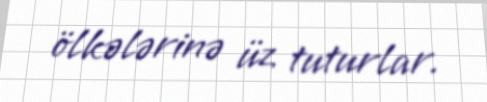
ölkələrinə üz tuturlar.